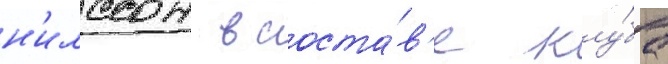
н'илссон в соста́в'е клу́ба